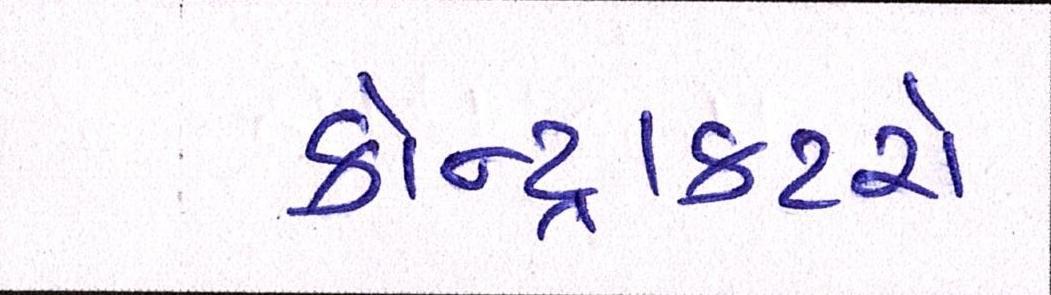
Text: કોન્ટ્રાક્ટરો